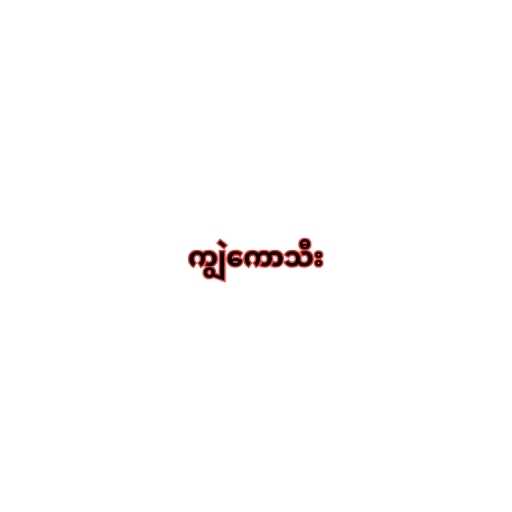
ကျွဲကောသီး